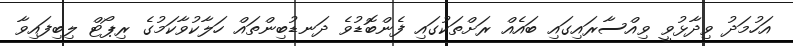
އަހުމަދު ވިދާޅުވީ ވިއްސާރައިގައި ބައެއް ރަށްތަކުގައި ފެންބޮޑުވެ ދަނޑުބިންތައް ހަލާކުވާކަމުގެ ރިޕޯޓް ލިބިފައިވާ